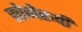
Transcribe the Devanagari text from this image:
सोनेरूपी